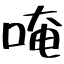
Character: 唵